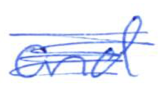
Text: and
Cross-out: mix
Writing tool: ballpoint